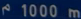
1000 m